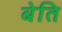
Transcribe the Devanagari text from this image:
बेति